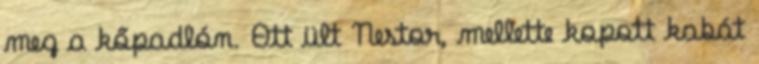
meg a kőpadlón. Ott ült Nestor, mellette kopott kabát